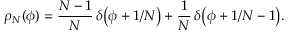
\rho _ { N } ( \phi ) = { \frac { N - 1 } { N } } \, \delta \bigl ( \phi + 1 / N \bigr ) + { \frac { 1 } { N } } \, \delta \bigl ( \phi + 1 / N - 1 \bigr ) .